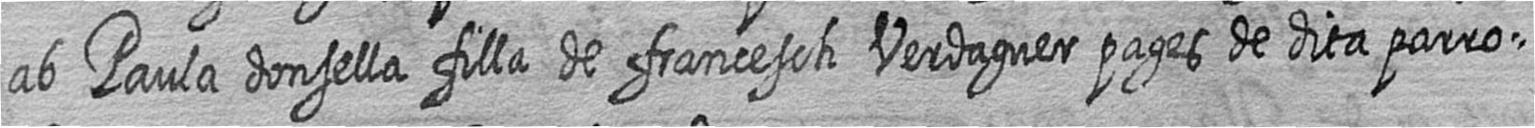
ab Paula donsella filla de francesch Verdaguer pages de dita parro=